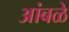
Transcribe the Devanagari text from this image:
आंबळे